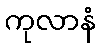
ကုလာနံ